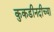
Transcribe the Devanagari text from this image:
कुकडीनदीच्या